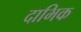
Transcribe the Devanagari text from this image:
दाभिक